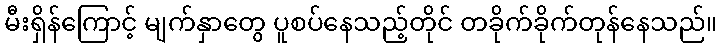
မီးရှိန်ကြောင့် မျက်နှာတွေ ပူစပ်နေသည့်တိုင် တခိုက်ခိုက်တုန်နေသည်။